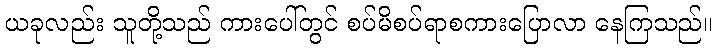
ယခုလည်း သူတို့သည် ကားပေါ်တွင် စပ်မိစပ်ရာစကားပြောလာ နေကြသည်။